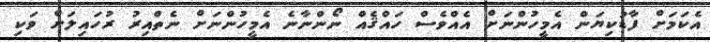
އެކަމަށް ފާޑުކިޔަން އެމީހުންނަށް އެއްވެސް ހައްޤެއް ނޯންނާނެ އެމީހުންނަށް ނެތްއިރު ރުހައިލަށް ވަކި